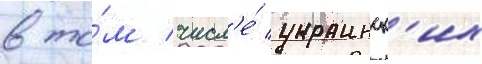
в то́м числ'е́ украинск'их